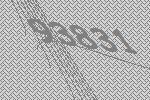
93831